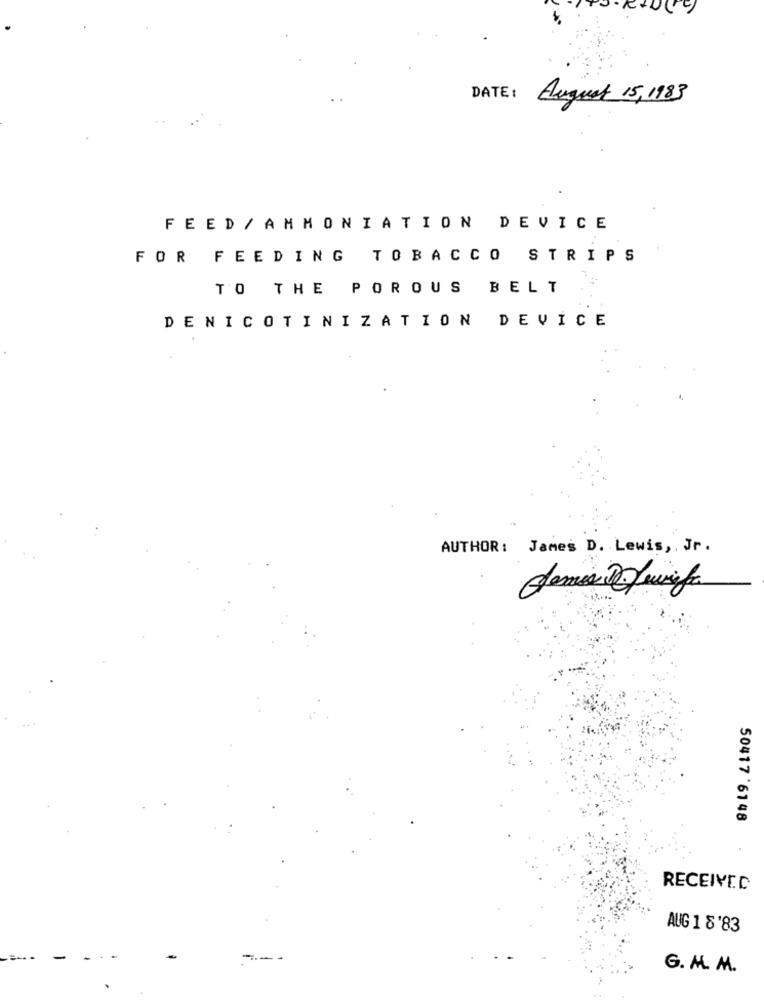
DATE :
August 15 , 1983
FEED / AMMONIATION DEVICE
FOR FEEDING TOBACCO STRIPS
TO THE POROUS BELT
DENICOTINIZATION DEVICE
AUTHOR: James D. Lewis, Jr.
50417 6148
RECEIVED
AUG 1 8'83
-
G. M. M.